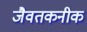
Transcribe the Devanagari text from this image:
जैवतकनीक